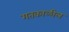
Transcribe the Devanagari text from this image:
गतकाळील